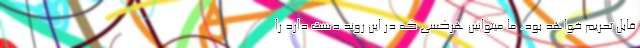
قابل تحریم خواهد بود. ما میتوانین هرکسی که در این روند دست دارد را